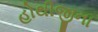
હોથીજીના